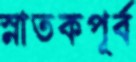
স্নাতকপূর্ব